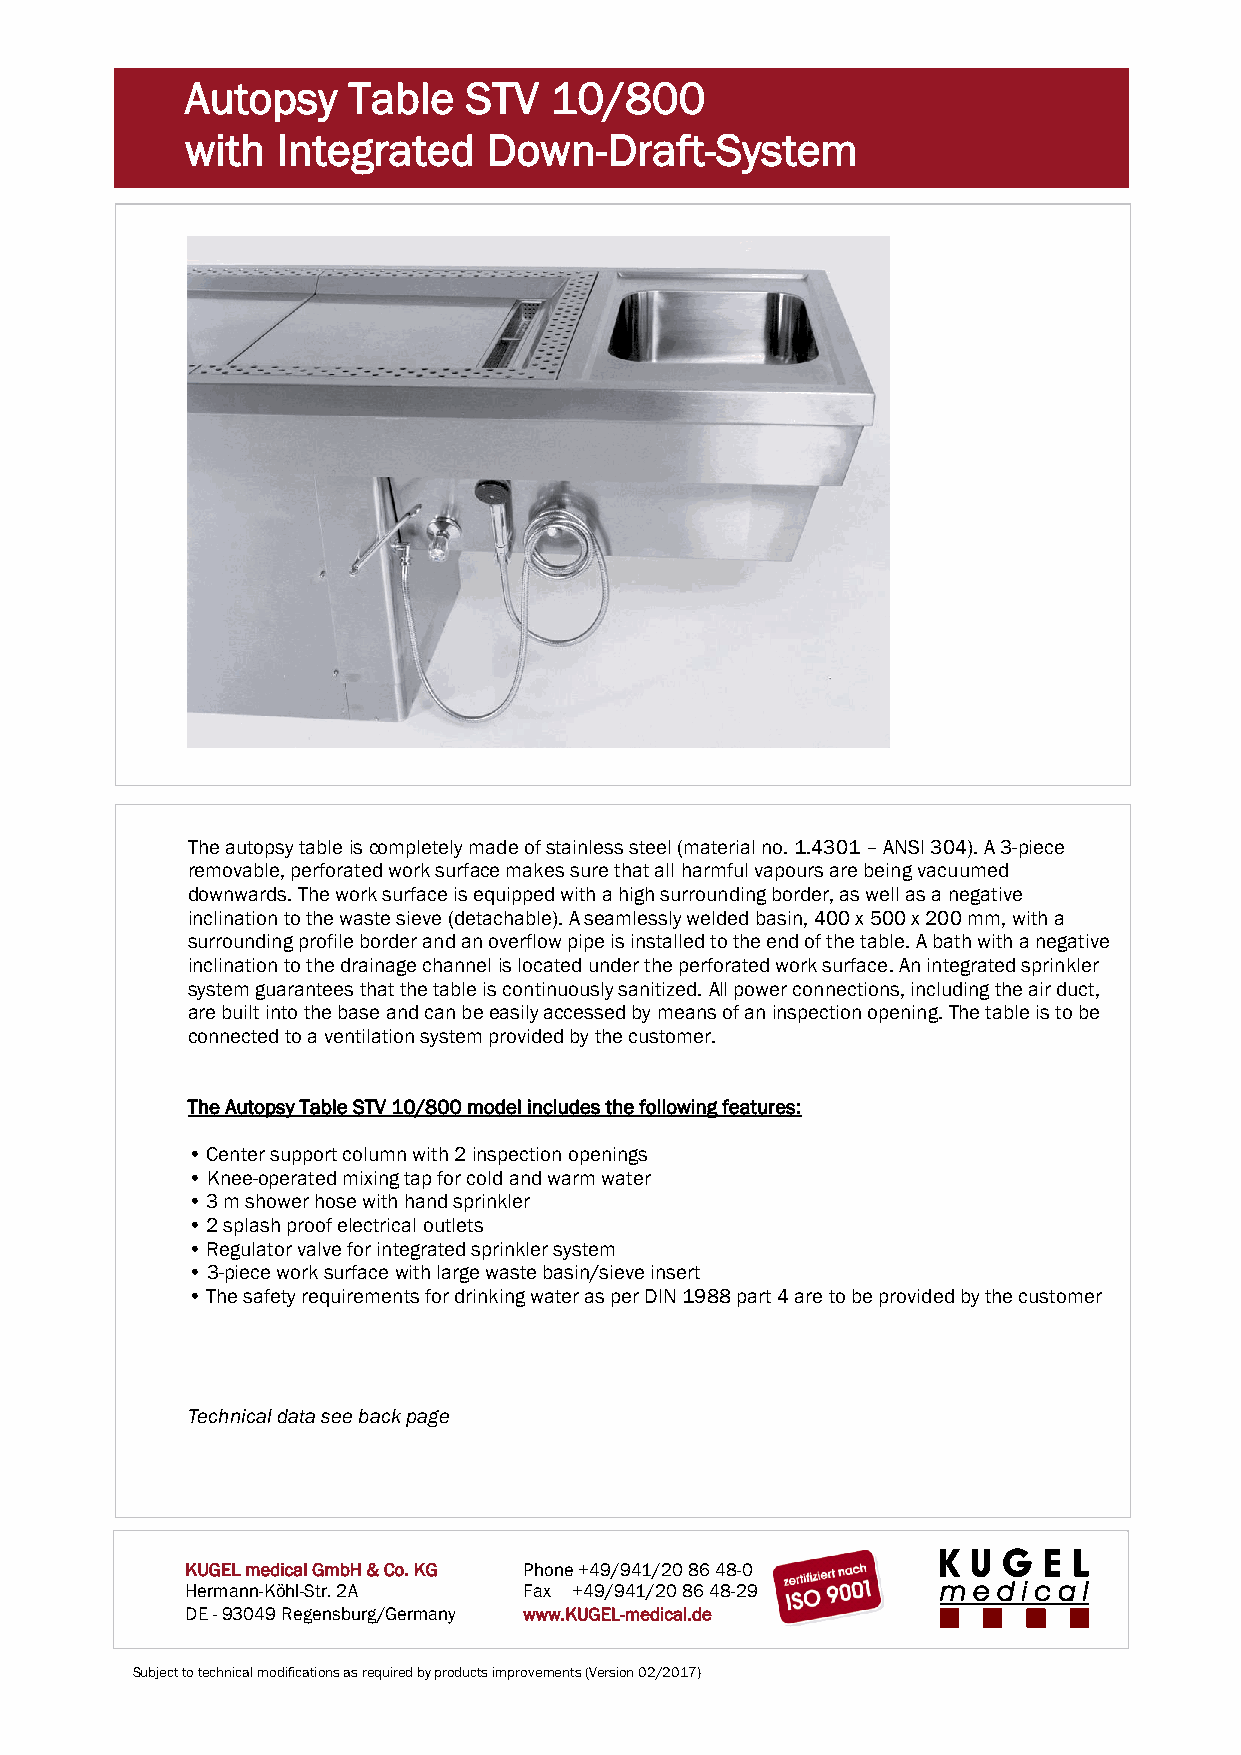
Autopsy    Table   STV  10/800
 with  Integrated    Down-Draft-System
 The autopsy table is completely made of stainless steel (material no. 1.4301 – ANSI 304). A 3-piece
 removable, perforated work surface makes sure that all harmful vapours are being vacuumed
 downwards. The work surface is equipped with a high surrounding border, as well as a negative
 inclination to the waste sieve (detachable). A seamlessly welded basin, 400 x 500 x 200 mm, with a
 surrounding profile border and an overflow pipe is installed to the end of the table. A bath with a negative
 inclination to the drainage channel is located under the perforated work surface. An integrated sprinkler
 system guarantees that the table is continuously sanitized. All power connections, including the air duct,
 are built into the base and can be easily accessed by means of an inspection opening. The table is to be
 connected to a ventilation system provided by the customer.
 The Autopsy Table STV 10/800 model includes the following features:
 • Center support column with 2 inspection openings
 • Knee-operated mixing tap for cold and warm water
 • 3 m shower hose with hand sprinkler
 • 2 splash proof electrical outlets
 • Regulator valve for integrated sprinkler system
 • 3-piece work surface with large waste basin/sieve insert
 • The safety requirements for drinking water as per DIN 1988 part 4 are to be provided by the customer
 Technical data see back page
 KUGEL medical GmbH & Co. KG Phone +49/941/20 86 48-0
 Hermann-Köhl-Str. 2A   Fax +49/941/20 86 48-29
 DE - 93049 Regensburg/Germany www.KUGEL-medical.de
 Subject to technical modifications as required by products improvements (Version 02/2017)